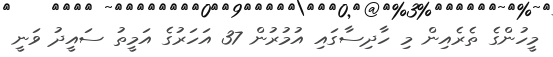
މީހުންގެ ތެރެއިން މި ހާދިސާގައި އުމުރުން 37 އަހަރުގެ އަމީތު ސައީދު ވަނީ